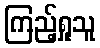
ကြည့်ရှုသူ